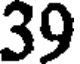
39